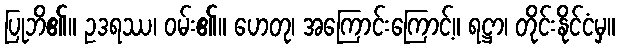
ပြုဘိ၏။ ဥဒရဿ၊ ဝမ်း၏။ ဟေတု၊ အကြောင်းကြောင့်။ ရဋ္ဌာ၊ တိုင်းနိုင်ငံမှ။